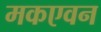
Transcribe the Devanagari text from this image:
मकएवन